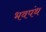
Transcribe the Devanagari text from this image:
भवपंथ